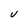
Character: U